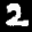
Label: 2